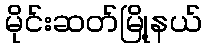
မိုင်းဆတ်မြို့နယ်